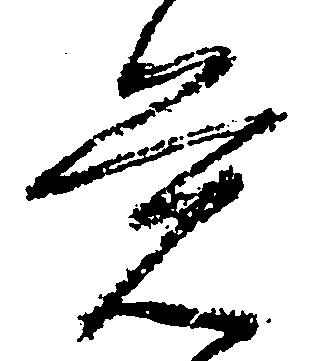
覚